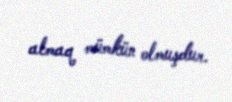
almaq mümkün olmuşdur.